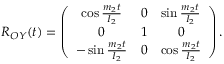
\begin{array} { r } { R _ { O Y } ( t ) = \left( \begin{array} { c c c } { \cos \frac { m _ { 2 } t } { I _ { 2 } } } & { 0 } & { \sin \frac { m _ { 2 } t } { I _ { 2 } } } \\ { 0 } & { 1 } & { 0 } \\ { - \sin \frac { m _ { 2 } t } { I _ { 2 } } } & { 0 } & { \cos \frac { m _ { 2 } t } { I _ { 2 } } } \end{array} \right) . } \end{array}